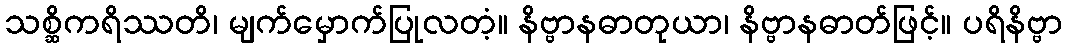
သစ္ဆိကရိဿတိ၊ မျက်မှောက်ပြုလတံ့။ နိဗ္ဗာနဓာတုယာ၊ နိဗ္ဗာနဓာတ်ဖြင့်။ ပရိနိဗ္ဗာ